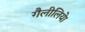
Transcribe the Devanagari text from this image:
गैलीलियेा